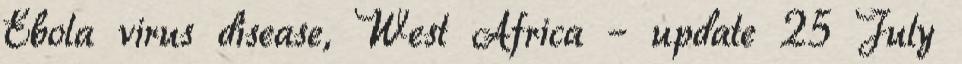
Ebola virus disease, West Africa – update 25 July